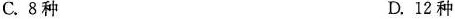
C. 8种 D. 12种